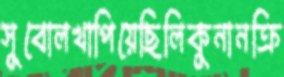
সুবোলখাপিয়েছিলিকুনানক্রি